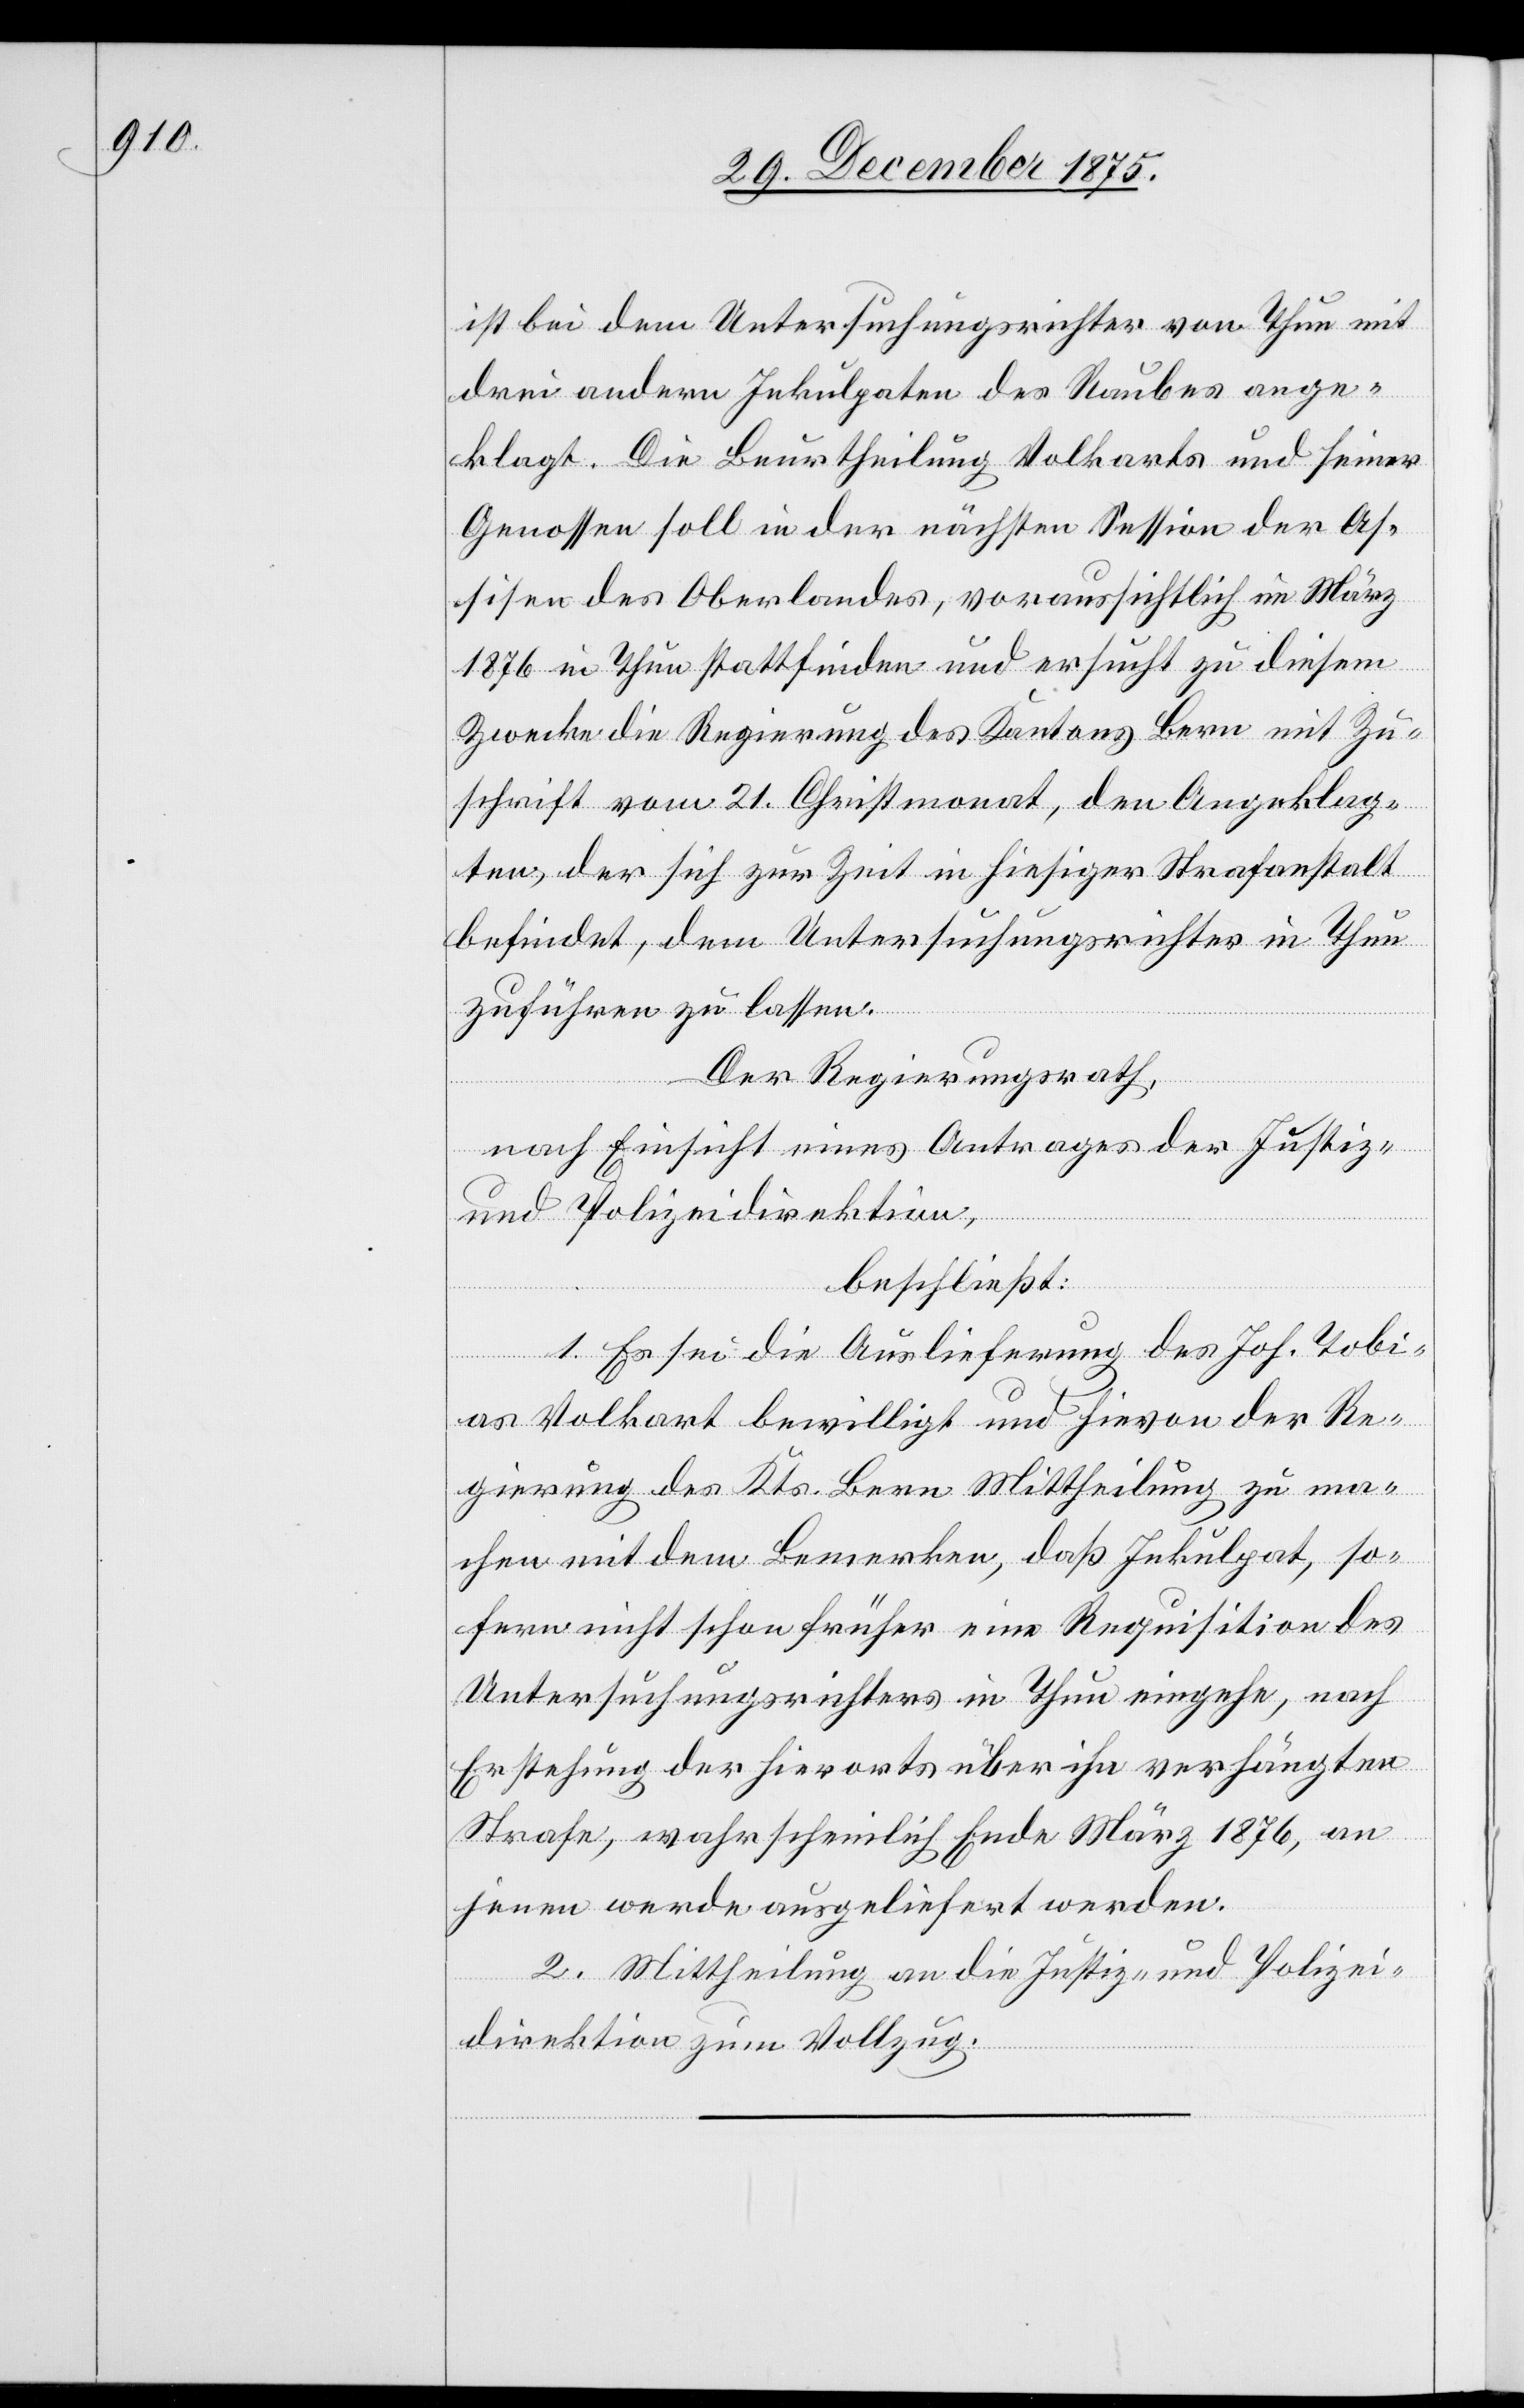
ist bei dem Untersuchungsrichter von Thun mit
drei andern Inkulpaten des Raubes ange¬
klagt. Die Beurtheilung Volkarts und seiner
Genossen soll in der nächsten Session der As¬
sisen des Oberlandes, voraussichtlich im März
1876 in Thun stattfinden und ersucht zu diesem
Zwecke die Regierung des Kantons Bern mit Zu¬
schrift vom 21. Christmonat, den Angeklag¬
ten, der sich zur Zeit in hiesiger Strafanstalt
befindet, dem Untersuchungsrichter in Thun
zuführen zu lassen.
Der Regierungsrath,
nach Einsicht eines Antrages der Justiz-
und Polizeidirektion,
beschließt:
1. Es sei die Auslieferung des Joh. Tobi¬
as Volkart bewilligt und hievon der Re¬
gierung des Kts. Bern Mittheilung zu ma¬
chen mit dem Bemerken, daß Inkulpat, so¬
fern nicht schon früher eine Requisition des
Untersuchungsrichters in Thun eingehe, nach
Erstehung der hierorts über ihn verhängten
Strafe, wahrscheinlich Ende März 1876, an
jenen werde ausgeliefert werden.
2. Mittheilung an die Justiz- und Polizei¬
direktion zum Vollzug.